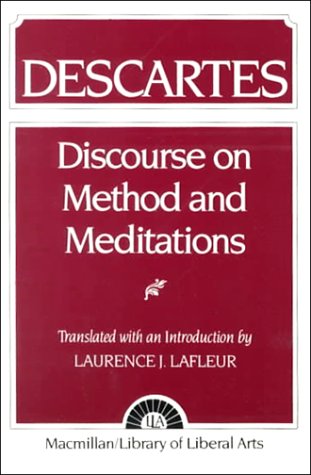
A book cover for Descartes: Discourse On Method and the Meditations; Laurence J. Lafleur; Politics & Social Sciences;